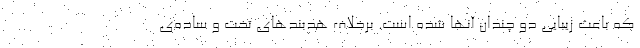
که باعث زیبایی دو چندان آنها شده است. برخلاف هدبندهای تخت و ساده‌ی